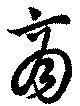
商